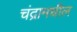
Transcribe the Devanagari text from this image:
चंद्रामधील